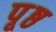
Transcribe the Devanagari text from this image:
पृ्ष्ठ